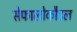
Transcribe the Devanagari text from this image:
सेफालोकौडल